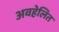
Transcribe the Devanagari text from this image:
अवहेलित